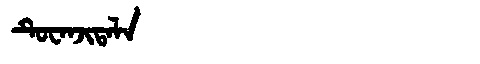
Manchu: ᡨᡠᠸᠠᠨᠵᡳᡨᠠᠯᠠ
Romanization: TUWANJITALA